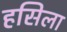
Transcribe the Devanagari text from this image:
हसिला